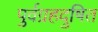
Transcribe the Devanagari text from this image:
पुर्वग्रहदुषित